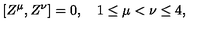
[ Z ^ { \mu } , Z ^ { \nu } ] = 0 , \quad 1 \leq \mu < \nu \leq 4 ,